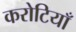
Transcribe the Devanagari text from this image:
करोटियाँ